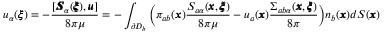
u _ { \alpha } ( { \pmb \xi } ) = - \frac { [ { \pmb S } _ { \alpha } ( { \pmb \xi } ) , { \pmb u } ] } { 8 \pi \mu } = - \int _ { \partial D _ { b } } { \bigg ( } \pi _ { a b } ( { \pmb x } ) \frac { S _ { a \alpha } ( { \pmb x } , { \pmb \xi } ) } { 8 \pi \mu } - u _ { a } ( { \pmb x } ) \frac { \Sigma _ { a b \alpha } ( { \pmb x } , { \pmb \xi } ) } { 8 \pi } { \bigg ) } n _ { b } ( { \pmb x } ) d S ( { \pmb x } )